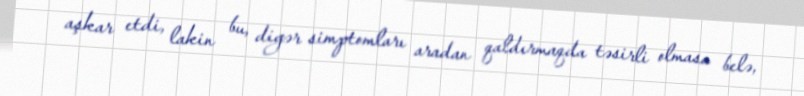
aşkar etdi, lakin bu, digər simptomları aradan qaldırmaqda təsirli olmasa belə,